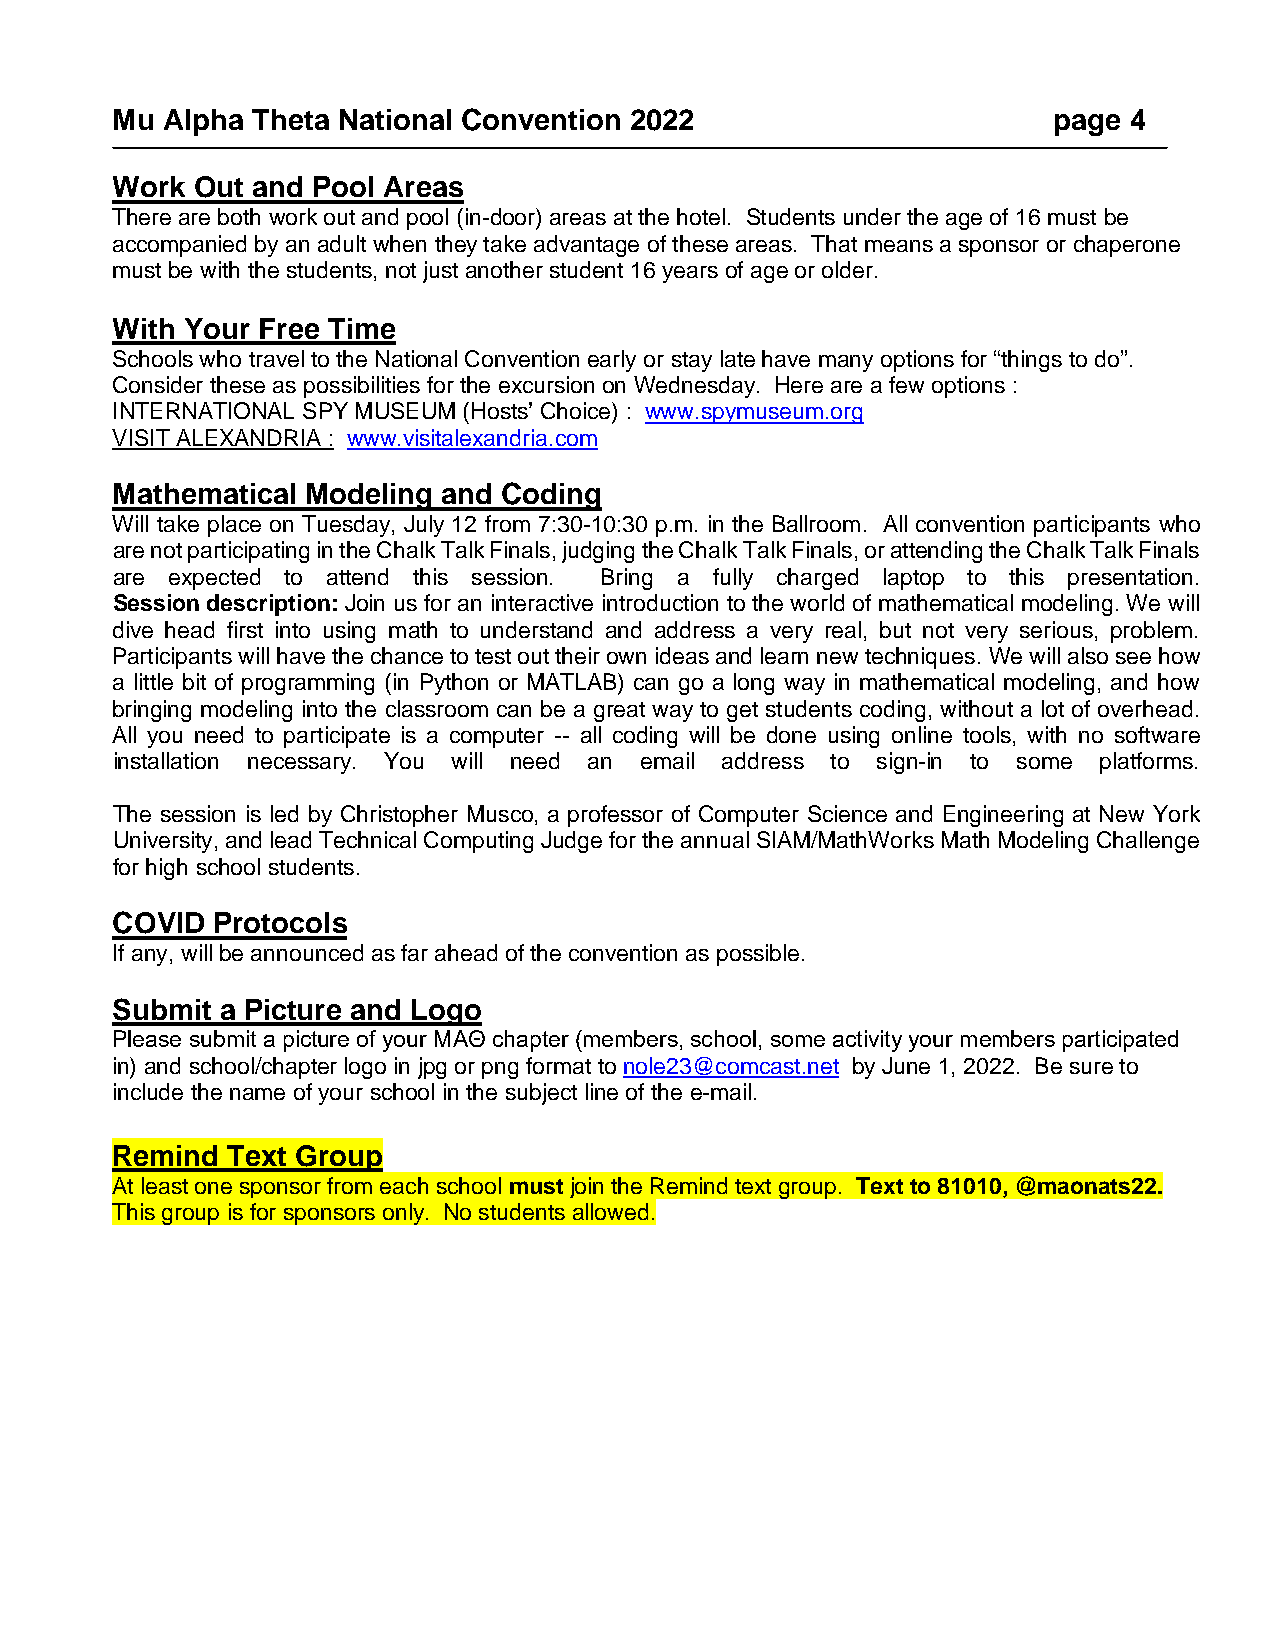
Mu  Alpha Theta National Convention 2022                       page 4
 Work  Out and Pool Areas
 There are both work out and pool (in-door) areas at the hotel. Students under the age of 16 must be
 accompanied by an adult when they take advantage of these areas. That means a sponsor or chaperone
 must be with the students, not just another student 16 years of age or older.
 With Your Free Time
 Schools who travel to the National Convention early or stay late have many options for “things to do”.
 Consider these as possibilities for the excursion on Wednesday. Here are a few options :
 INTERNATIONAL SPY MUSEUM (Hosts’ Choice) : www.spymuseum.org
 VISIT ALEXANDRIA : www.visitalexandria.com
 Mathematical Modeling and Coding
 Will take place on Tuesday, July 12 from 7:30-10:30 p.m. in the Ballroom. All convention participants who
 are not participating in the Chalk Talk Finals, judging the Chalk Talk Finals, or attending the Chalk Talk Finals
 are expected to attend this session. Bring a fully charged laptop to this presentation.
 Session description: Join us for an interactive introduction to the world of mathematical modeling. We will
 dive head first into using math to understand and address a very real, but not very serious, problem.
 Participants will have the chance to test out their own ideas and learn new techniques. We will also see how
 a little bit of programming (in Python or MATLAB) can go a long way in mathematical modeling, and how
 bringing modeling into the classroom can be a great way to get students coding, without a lot of overhead.
 All you need to participate is a computer -- all coding will be done using online tools, with no software
 installation necessary. You will need an email address to sign-in to some platforms.
 The session is led by Christopher Musco, a professor of Computer Science and Engineering at New York
 University, and lead Technical Computing Judge for the annual SIAM/MathWorks Math Modeling Challenge
 for high school students.
 COVID  Protocols
 If any, will be announced as far ahead of the convention as possible.
 Submit  a Picture and Logo
 Please submit a picture of your MAΘ chapter (members, school, some activity your members participated
 in) and school/chapter logo in jpg or png format to nole23@comcast.net by June 1, 2022. Be sure to
 include the name of your school in the subject line of the e-mail.
 Remind  Text Group
 At least one sponsor from each school must join the Remind text group. Text to 81010, @maonats22.
 This group is for sponsors only. No students allowed.